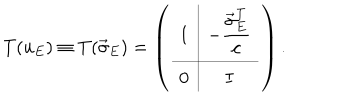
T ( u _ { E } ) \equiv T ( \vec { \sigma } _ { E } ) = \left( \begin{array} { c | c } { { 1 } } & { { \displaystyle - \frac { \vec { \sigma } _ { E } ^ { \mathrm { T } } } { c } } } \\ \hline { { 0 } } & { { I } } \\ \end{array} \right) .